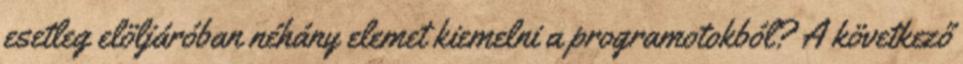
esetleg elöljáróban néhány elemet kiemelni a programotokból? A következő